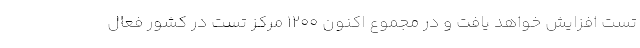
تست افزایش خواهد یافت و در مجموع اکنون ۱۲۰۰ مرکز تست در کشور فعال